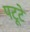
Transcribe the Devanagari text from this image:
पटूटे